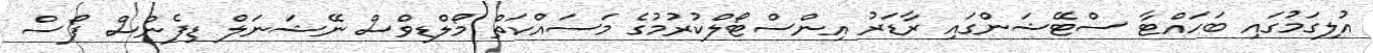
އުލިގަމުގައި ބަހައްޓާ ސްޓޭޝަންގައި ރާޑަރު އިންސްޓޯލްކުރުމުގެ މަސައްކަތް މޯލްޑިވްސް ނޭޝަނަލް ޑިފެންސް ފޯސް